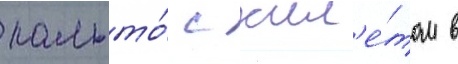
пальто́ с жил'е́том в